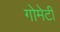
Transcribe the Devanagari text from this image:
गोमेटी